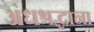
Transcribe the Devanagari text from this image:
अंधश्रद्धाना